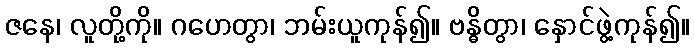
ဇနေ၊ လူတို့ကို။ ဂဟေတွာ၊ ဘမ်းယူကုန်၍။ ဗန္ဓိတွာ၊ နှောင်ဖွဲ့ကုန်၍။